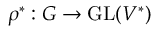
\rho ^ { * } : G \to { \mathrm { G L } } ( V ^ { * } )